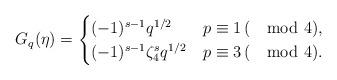
LaTeX: \begin{align*}G_q(\eta)=\begin{cases}(-1)^{s-1}q^{1/2}& p\equiv 1\,(\mod{4}), \\(-1)^{s-1}\zeta_4^s q^{1/2} & p\equiv 3\,(\mod{4}). \end{cases}\end{align*}